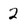
Character: 2